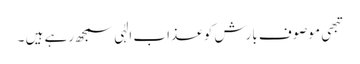
تبھی موصوف بارش کو عذاب الٰہی سمجھ رہے ہیں ۔